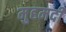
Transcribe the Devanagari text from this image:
मुहमदी